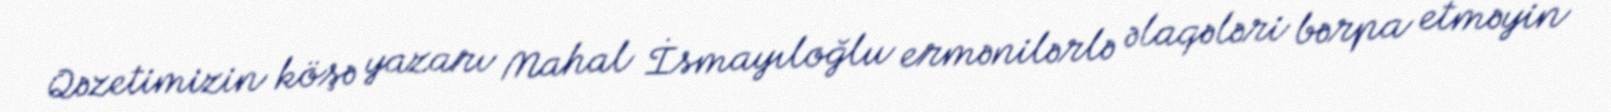
Qəzetimizin köşə yazarı Mahal İsmayıloğlu ermənilərlə əlaqələri bərpa etməyin